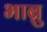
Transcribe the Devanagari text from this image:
भाब्रु